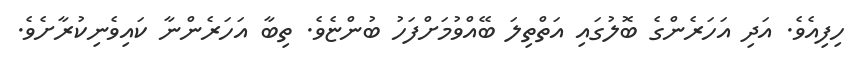
ހިފިއެވެ. އަދި އަހަރެންގެ ބޮލުގައި އަތްތިލަ ބޭއްވުމަށްފަހު ބުންޏެވެ. ތިބާ އަހަރެންނާ ކައިވެނިކުރާށެވެ.